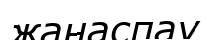
жанаспау